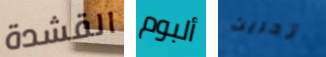
القشدة ألبوم تحريت